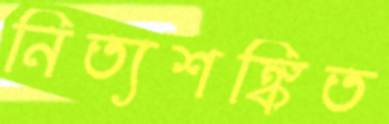
নিত্যশঙ্কিত